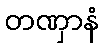
တဏှာနံ